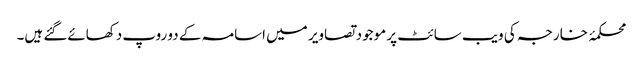
محکمۂ خارجہ کی ویب سائٹ پر موجود تصاویر میں اسامہ کے دو روپ دکھائےگئے ہیں۔